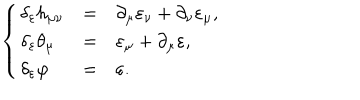
\left\{ \begin{array} { l l l } { { \delta _ { \varepsilon } h _ { \mu \nu } } } & { { = } } & { { \partial _ { \mu } \varepsilon _ { \nu } + \partial _ { \nu } \varepsilon _ { \mu } , } } \\ { { \delta _ { \varepsilon } \theta _ { \mu } } } & { { = } } & { { \varepsilon _ { \mu } + \partial _ { \mu } \varepsilon , } } \\ { { \delta _ { \varepsilon } \varphi } } & { { = } } & { { \varepsilon . } } \\ \end{array} \right.